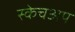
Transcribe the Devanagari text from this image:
स्केचअप